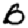
Digit: 0